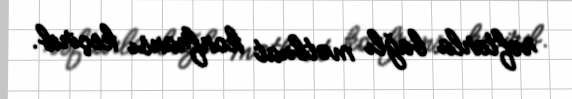
rəftarla bağlı mətbuat konfransı keçirib.